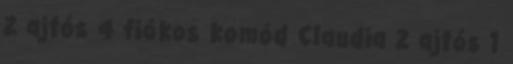
2 ajtós 4 fiókos komód Claudia 2 ajtós 1